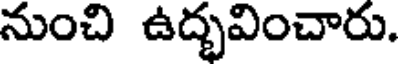
నుంచి ఉద్భవించారు.